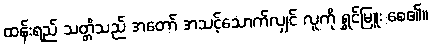
ထန်းရည် သတ္တိသည် အတော် အသင့်သောက်လျှင် လူကို ရွှင်မြူး စေ၏။